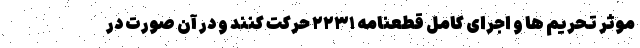
موثر تحریم ها و اجرای کامل قطعنامه ۲۲۳۱ حرکت کنند و در آن صورت در